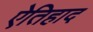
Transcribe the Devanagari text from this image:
ऐतिहाद